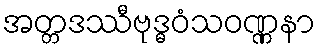
အတ္တဒဿီဗုဒ္ဓဝံသဝဏ္ဏနာ